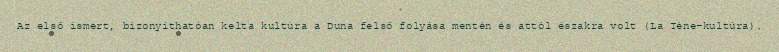
Az első ismert, bizonyíthatóan kelta kultúra a Duna felső folyása mentén és attól északra volt (La Tène-kultúra).